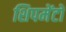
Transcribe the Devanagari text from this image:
शिपमेंटों